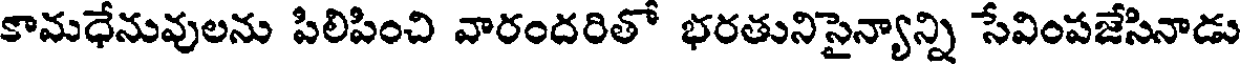
కామధేనువులను పిలిపించి వారందరితో భరతునిసైన్యాన్ని సేవింపజేసినాడు